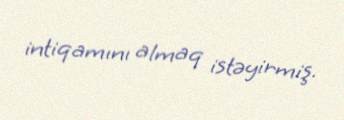
intiqamını almaq istəyirmiş.